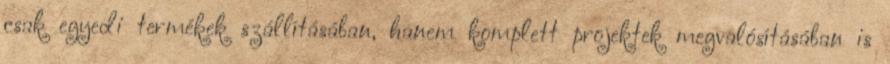
csak egyedi termékek szállításában, hanem komplett projektek megvalósításában is